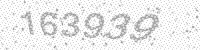
Solution: 163939